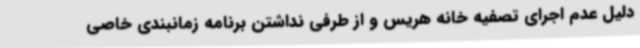
دلیل عدم اجرای تصفیه خانه هریس و از طرفی نداشتن برنامه زمانبندی خاصی